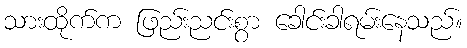
သားထိုက်က ဖြည်းညင်းစွာ ခေါင်းခါရမ်းနေသည်။